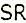
SR